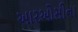
આરઓસીના